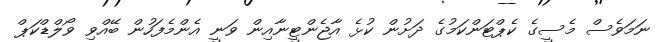
ނަމަވެސް މެސީގެ ކެޕްޓަންކަމުގެ ދަށުން ކުޅެ އާޖެންޓީނާއިން ވަނީ އެންމެފަހުން ބޭއްވި ވޯލްޑްކަޕް